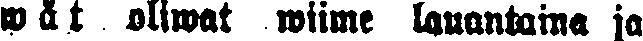
wät oliwat wiime launtaina ja